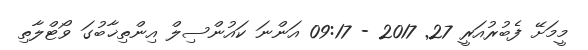
މީމަށޭ ފެބުރުއަރީ 27